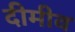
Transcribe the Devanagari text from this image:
दीमीव